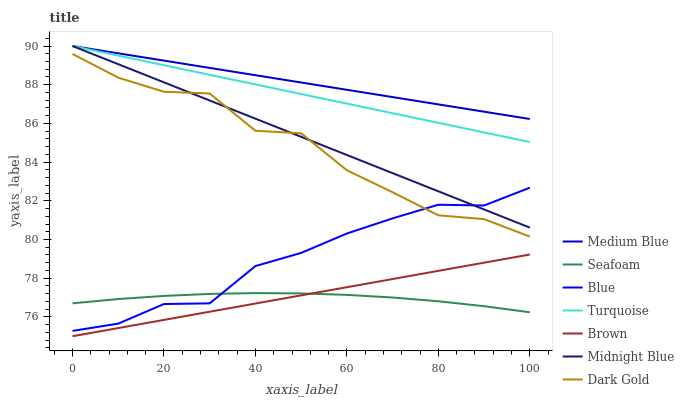
| xaxis_label | Medium Blue | Seafoam | Blue | Turquoise | Brown | Midnight Blue | Dark Gold |
 | --- | --- | --- | --- | --- | --- | --- | --- |
 | 0 | 90 | 76.7 | 75.3 | 90 | 75 | 90 | 89.6 |
 | 10 | 89.6 | 76.9 | 75.7 | 89.5 | 75.4 | 89.1 | 88.4 |
 | 20 | 89.2 | 77.1 | 76.7 | 89 | 75.8 | 88.1 | 87.6 |
 | 30 | 88.9 | 77.2 | 76.7 | 88.5 | 76.3 | 87.2 | 87.5 |
 | 40 | 88.5 | 77.2 | 78.6 | 88 | 76.7 | 86.2 | 85.6 |
 | 50 | 88.1 | 77.2 | 79.3 | 87.5 | 77.1 | 85.3 | 85.5 |
 | 60 | 87.7 | 77.1 | 80.3 | 87 | 77.5 | 84.4 | 83.6 |
 | 70 | 87.4 | 77 | 81.1 | 86.5 | 78 | 83.4 | 82.4 |
 | 80 | 87 | 76.8 | 81.8 | 86 | 78.4 | 82.5 | 81.2 |
 | 90 | 86.6 | 76.6 | 81.8 | 85.5 | 78.8 | 81.6 | 81.1 |
 | 100 | 86.2 | 76.2 | 82.7 | 85 | 79.2 | 80.6 | 80.1 |